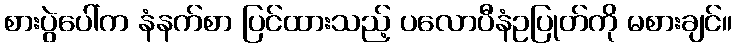
စားပွဲပေါ်က နံနက်စာ ပြင်ထားသည့် ပလောပီနံဥပြုတ်ကို မစားချင်။